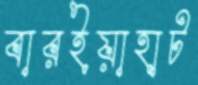
বারইয়াহাট